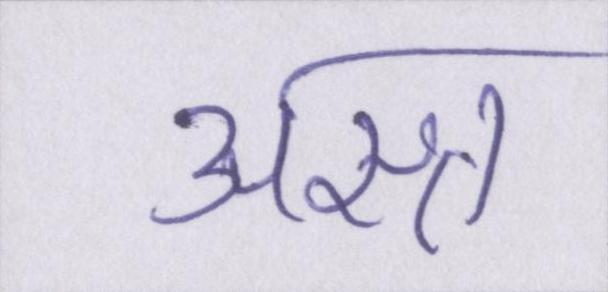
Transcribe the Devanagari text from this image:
अस्त